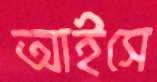
আইসে